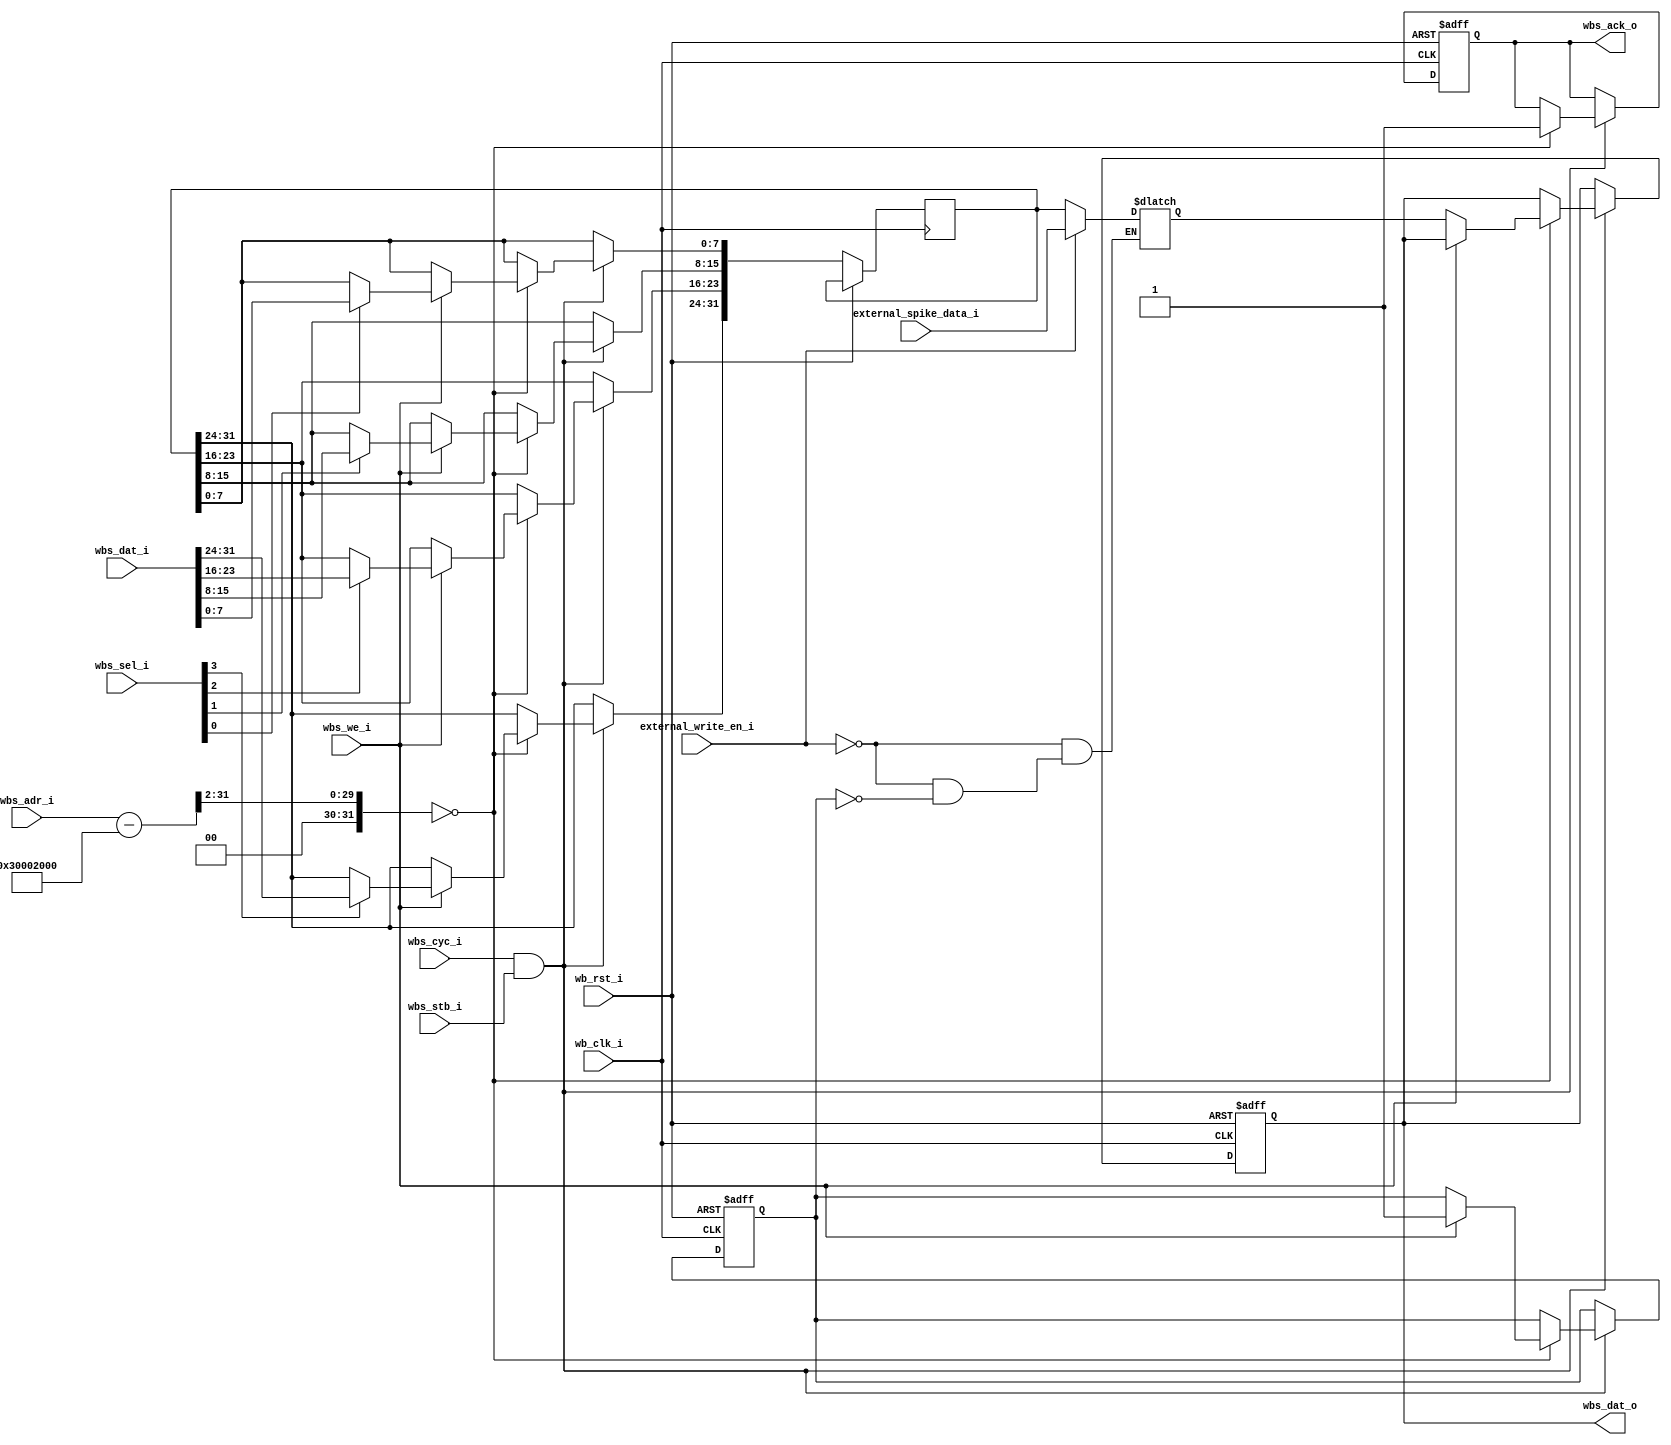
// This program was cloned from: https://github.com/hl271/caravel_sample_project
// License: Apache License 2.0

module neuron_spike_out (
    // Wishbone slave interface
    input wb_clk_i,             // Clock
    input wb_rst_i,             // Reset
    input wbs_cyc_i,            // Indicates an active Wishbone cycle
    input wbs_stb_i,            // Active during a valid address phase
    input wbs_we_i,             // Determines read or write operation
    input [3:0] wbs_sel_i,      // Byte lanes selector
    input [31:0] wbs_adr_i,     // Address input
    input [31:0] wbs_dat_i,     // Data input for writes
    output reg wbs_ack_o,       // Acknowledgment for data transfer
    output reg [31:0] wbs_dat_o, // Data output 

    // External spike data inputs
    input [31:0] external_spike_data_i,
    input external_write_en_i
);

parameter BASE_ADDR = 32'h30002000;  // Base address for this SRAM
reg [31:0] sram;                      // SRAM storage for spikes (single word now)
reg [31:0] data_next;
reg wb_write;

wire [31:0] address;                  // 32-bit address signal
assign address = (wbs_adr_i - BASE_ADDR) >> 2;


// Handling read/write operations, the acknowledgment signal, and the external spike update
always @(negedge wb_clk_i or posedge wb_rst_i) begin
    if (wb_rst_i) begin
        wbs_ack_o <= 1'b0;
        wbs_dat_o <= 32'b0;
        wb_write <= 0;
    end
    else if (wbs_cyc_i && wbs_stb_i) begin
        if (address == 32'd0) begin  // Only one address location now
        wbs_ack_o <= 1'b1;
        
            if (wbs_we_i) begin
                wb_write <= 1;
                // Byte-specific writes based on wbs_sel_i
                if (wbs_sel_i[0]) data_next[7:0] <= wbs_dat_i[7:0];
                if (wbs_sel_i[1]) data_next[15:8] <= wbs_dat_i[15:8];
                if (wbs_sel_i[2]) data_next[23:16] <= wbs_dat_i[23:16];
                if (wbs_sel_i[3]) data_next[31:24] <= wbs_dat_i[31:24];
            end
            else wbs_dat_o <= sram;
            

        end
    end 
    else begin
    end
end

always @(external_write_en_i, wb_write) begin
    if(external_write_en_i) sram = external_spike_data_i;
    else if (wb_write) sram = data_next;
end
    
endmodule